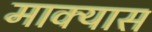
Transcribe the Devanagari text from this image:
माक्यास